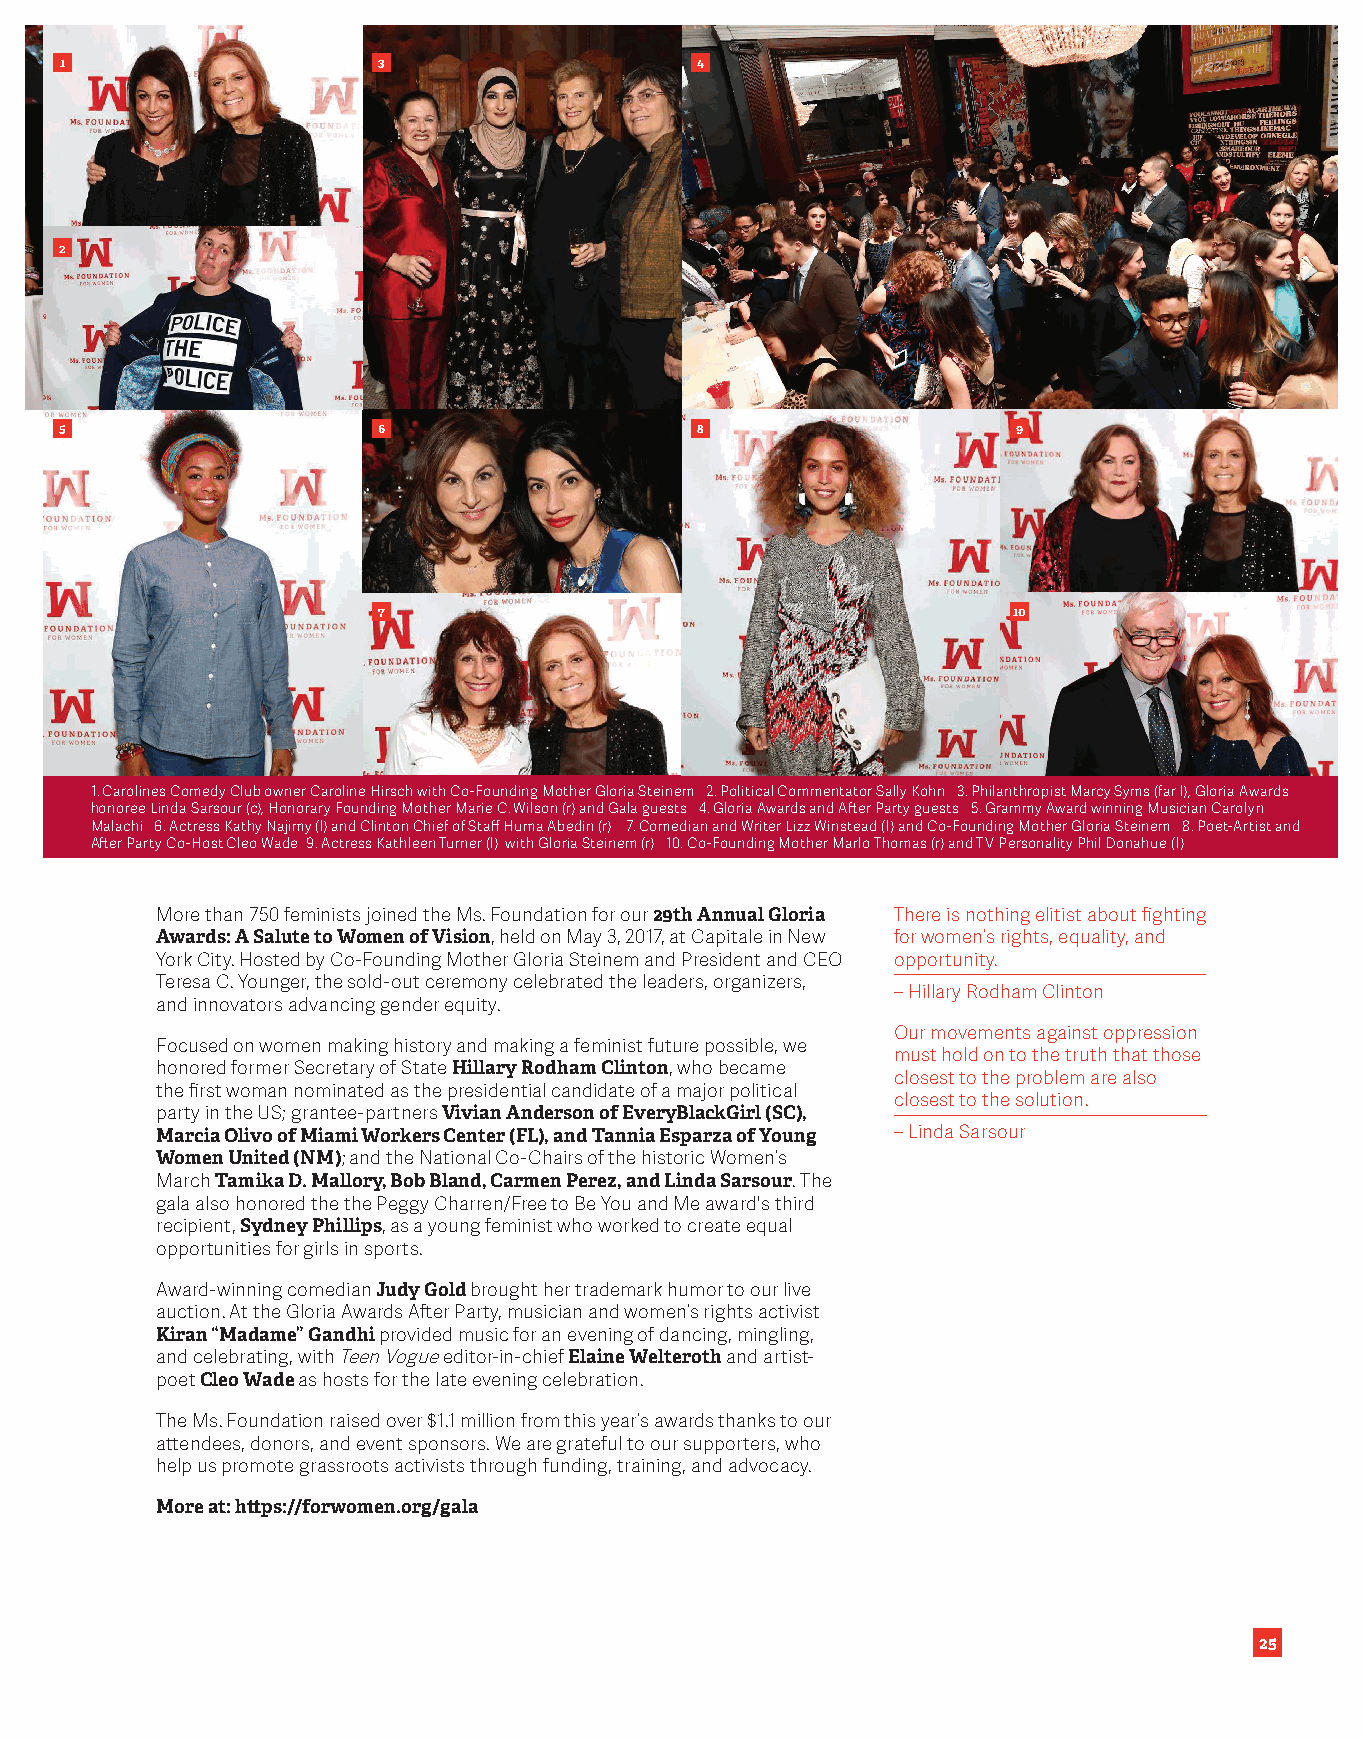
1                    3                    4
 2
 5                    6                    8                    9
 7                                         10
 1 . Carolines Comedy Club owner Caroline Hirsch with Co-Founding Mother Gloria Steinem 2 . Political Commentator Sally Kohn 3 . Philanthropist Marcy Syms (far l), Gloria Awards
 honoree Linda Sarsour (c), Honorary Founding Mother Marie C . Wilson (r) and Gala guests 4 . Gloria Awards and After Party guests 5 . Grammy Award winning Musician Carolyn
 Malachi 6 . Actress Kathy Najimy (l) and Clinton Chief of Staff Huma Abedin (r) 7 . Comedian and Writer Lizz Winstead (l) and Co-Founding Mother Gloria Steinem 8 . Poet-Artist and
 After Party Co-Host Cleo Wade 9 . Actress Kathleen Turner (l) with Gloria Steinem (r) 10 . Co-Founding Mother Marlo Thomas (r) and TV Personality Phil Donahue (l)
 More than 750 feminists joined the Ms . Foundation for our 29th Annual Gloria There is nothing elitist about fighting
 Awards: A Salute to Women of Vision, held on May 3, 2017, at Capitale in New for women’s rights, equality, and
 York City . Hosted by Co-Founding Mother Gloria Steinem and President and CEO opportunity .
 Teresa C . Younger, the sold-out ceremony celebrated the leaders, organizers,
 – Hillary Rodham Clinton
 and innovators advancing gender equity .
 Our movements against oppression
 Focused on women making history and making a feminist future possible, we
 must hold on to the truth that those
 honored former Secretary of State Hillary Rodham Clinton, who became
 closest to the problem are also
 the first woman nominated as the presidential candidate of a major political
 closest to the solution .
 party in the US; grantee-partners Vivian Anderson of EveryBlackGirl (SC),
 Marcia Olivo of Miami Workers Center (FL), and Tannia Esparza of Young – Linda Sarsour
 Women United (NM); and the National Co-Chairs of the historic Women’s
 March Tamika D. Mallory, Bob Bland, Carmen Perez, and Linda Sarsour . The
 gala also honored the the Peggy Charren/Free to Be You and Me award's third
 recipient, Sydney Phillips, as a young feminist who worked to create equal
 opportunities for girls in sports .
 Award-winning comedian Judy Gold brought her trademark humor to our live
 auction . At the Gloria Awards After Party, musician and women’s rights activist
 Kiran “Madame” Gandhi provided music for an evening of dancing, mingling,
 and celebrating, with Teen Vogue editor-in-chief Elaine Welteroth and artist-
 poet Cleo Wade as hosts for the late evening celebration .
 The Ms . Foundation raised over $1 .1 million from this year’s awards thanks to our
 attendees, donors, and event sponsors . We are grateful to our supporters, who
 help us promote grassroots activists through funding, training, and advocacy .
 More at: https://forwomen.org/gala
 25